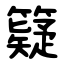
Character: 籎